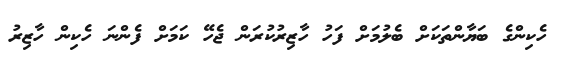
ހެކިންގެ ބަޔާންތަކަށް ބެލުމަށް ފަހު ހާޒިރުކުރަން ޖެހޭ ކަމަށް ފެންނަ ހެކިން ހާޒިރު